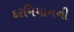
દરમિયાનની